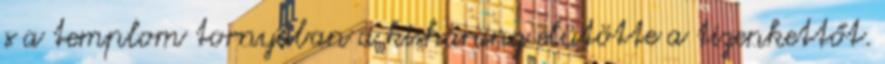
s a templom tornyában a kisharang elütötte a tizenkettőt.